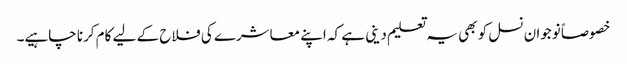
خصوصاً نوجوان نسل کو بھی یہ تعلیم دینی ہے کہ اپنے معاشرے کی فلاح کے لیے کام کرنا چاہیے۔